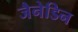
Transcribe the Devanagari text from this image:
जैनेडिन